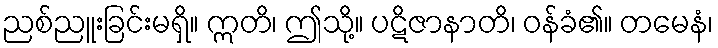
ညစ်ညူးခြင်းမရှိ။ ဣတိ၊ ဤသို့။ ပဋိဇာနာတိ၊ ဝန်ခံ၏။ တမေနံ၊